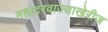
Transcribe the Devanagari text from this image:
महादरवाज्याखेरीज